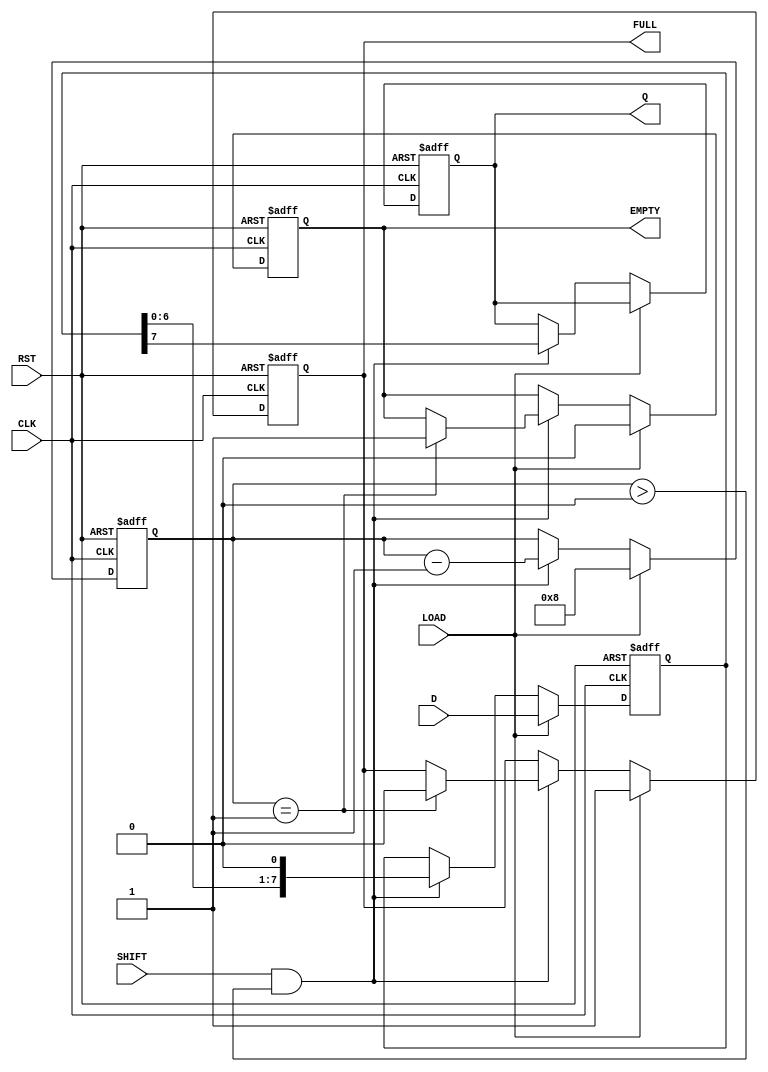
module PISO_Register #(
    parameter n = 8 // Width of the data input
)(
    input wire [n-1:0] D,      // Parallel data input
    input wire SHIFT,           // Shift control signal
    input wire LOAD,            // Load control signal
    input wire CLK,             // Clock signal
    input wire RST,             // Asynchronous reset
    output reg Q,               // Serial output
    output reg FULL,            // Full indicator
    output reg EMPTY            // Empty indicator
);

    reg [n-1:0] shift_reg;      // Internal shift register
    reg [3:0] count;            // Count of bits shifted out

    // Asynchronous reset
    always @(posedge CLK or posedge RST) begin
        if (RST) begin
            shift_reg <= 0;      // Clear the shift register
            Q <= 0;              // Clear serial output
            FULL <= 0;           // Clear full indicator
            EMPTY <= 1;          // Set empty indicator
            count <= 0;          // Reset count
        end else begin
            if (LOAD) begin
                shift_reg <= D;   // Load data into the shift register
                FULL <= 1;        // Set full indicator
                EMPTY <= 0;       // Clear empty indicator
                count <= n;       // Set count to the width of the data
            end else if (SHIFT && count > 0) begin
                Q <= shift_reg[n-1]; // Output the MSB
                shift_reg <= {shift_reg[n-2:0], 1'b0}; // Shift left
                count <= count - 1; // Decrease the count
                if (count == 1) begin
                    FULL <= 0;      // Clear full indicator when empty
                    EMPTY <= 1;     // Set empty indicator
                end
            end
        end
    end

endmodule